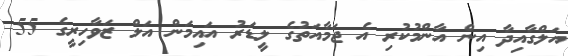
އަލްގާއިދާ އިން އާންމުކުރި އެ ޖަމާއަތުގެ ލީޑަރު އައިމަން އަލް ޒަވާހިރީގެ 55